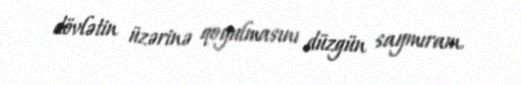
dövlətin üzərinə qoyulmasını düzgün saymıram.